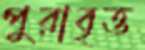
পুরাবৃত্ত